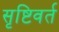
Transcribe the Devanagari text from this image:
सृष्टिवर्त